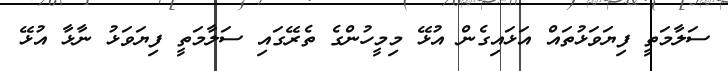
ސަލާމަތީ ފިޔަވަޅުތައް އަޅައިގެން އުޅޭ މިމީހުންގެ ތެރޭގައި ސަލާމަތީ ފިޔަވަޅު ނާޅާ އުޅޭ